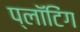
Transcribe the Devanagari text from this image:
प्लॉटिंग